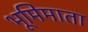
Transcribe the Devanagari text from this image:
भूमिमाता